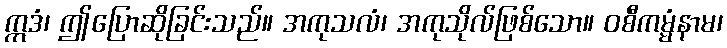
ဣဒံ၊ ဤပြောဆိုခြင်းသည်။ အကုသလံ၊ အကုသိုလ်ဖြစ်သော။ ဝစီကမ္မံနာမ၊